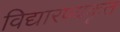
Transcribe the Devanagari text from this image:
विद्यारण्यकृत